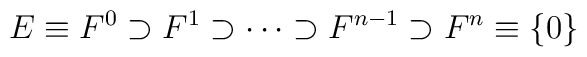
E\equiv F^0\supset F^1\supset\cdots\supset F^{n-1}\supset F^{n}\equiv\{ 0\}